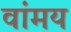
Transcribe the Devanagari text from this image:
वांमय